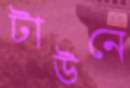
টাউনে